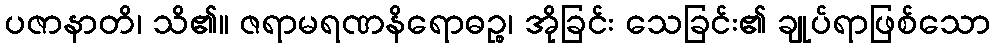
ပဇာနာတိ၊ သိ၏။ ဇရာမရဏနိရောဓဉ္စ၊ အိုခြင်း သေခြင်း၏ ချုပ်ရာဖြစ်သော